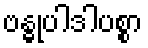
ဗန္ဓုပါဒါပစ္စာ